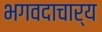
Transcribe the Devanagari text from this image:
भगवदाचार्य